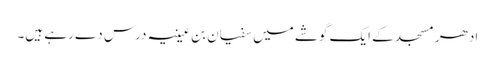
ادھر مسجد کے ایک گوشے میں سفیان بن عیینہ درس دے رہے ہیں۔